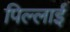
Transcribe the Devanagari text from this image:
पिल्लाई